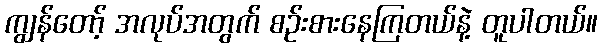
ကျွန်တော့် အလုပ်အတွက် စဉ်းစားနေကြတယ်နဲ့ တူပါတယ်။